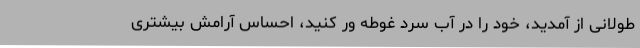
طولانی از آمدید، خود را در آب سرد غوطه ور کنید، احساس آرامش بیشتری